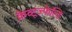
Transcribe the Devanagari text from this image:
क्रेव्ट्ज़्फेल्डि